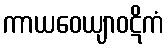
ကာယဝေယျာဝဋိကံ